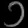
Digit: ၁